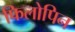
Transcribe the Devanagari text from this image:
फिलोपिन